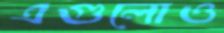
এগুলোও